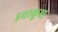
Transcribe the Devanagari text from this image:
इवाकुरा